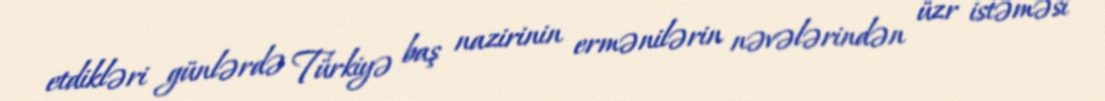
etdikləri günlərdə Türkiyə baş nazirinin ermənilərin nəvələrindən üzr istəməsi